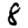
Digit: 8